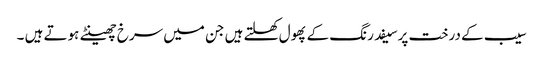
سیب کے درخت پرسیفد رنگ کے پھول کھلتے ہیں جن میں سرخ چھینٹے ہوتے ہیں ۔